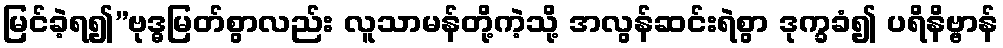
မြင်ခဲ့ရ၍”ဗုဒ္ဓမြတ်စွာလည်း လူသာမန်တို့ကဲ့သို့ အလွန်ဆင်းရဲစွာ ဒုက္ခခံ၍ ပရိနိဗ္ဗာန်